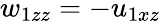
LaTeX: w_{1zz}=-u_{1xz}